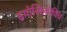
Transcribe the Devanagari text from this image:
इयोसिफ़ोविच